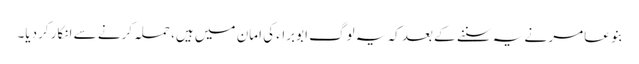
بنو عامر نے یہ سننے کے بعد کہ یہ لوگ ابوبراء کی امان میں ہیں، حملہ کرنے سے انکار کردیا۔